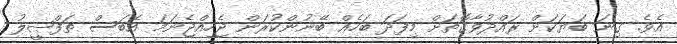
އެވެ. ގިނަ ބަޔަކަށް ރައްދުވާގޮތަށް މިފަދަ ބަހެއް ބޭނުންކުރަން ޖެހިއްޖެނަމަ އެބަސް ތަފްޞީލު